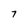
Character: 7